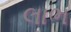
લાભ